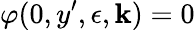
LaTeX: \varphi(0,y^{\prime},\epsilon,\mathbf{k})=0